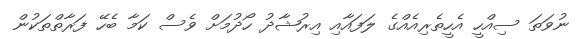
ނުވަތަ ސިއްހީ އެހީތެރިއެއްގެ ލަފައާއި އިރުޝާދު ހޯދުމަށް ވެސް ކަމާ ބެހޭ ފަރާތްތަކުން